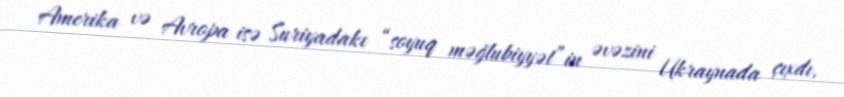
Amerika və Avropa isə Suriyadakı “soyuq məğlubiyyət”in əvəzini Ukraynada çıxdı,